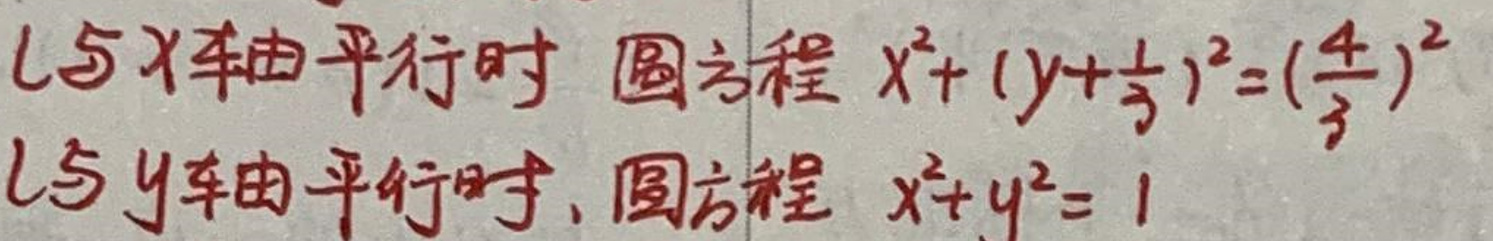
$l$与$x$轴平行时 圆方程 \(x^{2}+(y+\frac{1}{3})^{2}=(\frac{4}{3})^{2}\)

$l$与$y$轴平行时，圆方程 \(x^{2}+y^{2}=1\)